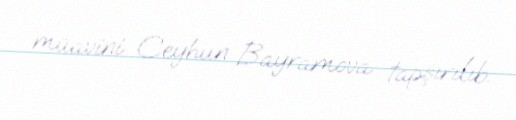
müavini Ceyhun Bayramova tapşırılıb.